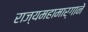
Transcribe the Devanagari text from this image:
राज्यमहामार्गाने